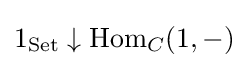
1_{\text{Set}}\downarrow \operatorname {Hom} _{C}(1,-)